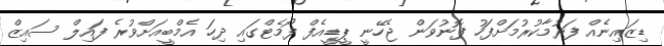
ޑިޒައިނެއް ފަރުމާކުރުމަށްފަހު ފޮނުވަން ޖެހޭނީ ޕީޑީއެފް ފޯމެޓްގައި ދިހަ އެމްބީއަށްވުރެ ފައިލް ސައިޒް